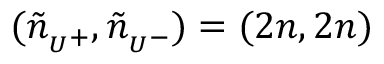
( \tilde { n } _ { { } _ { U } + } , \tilde { n } _ { { } _ { U } - } ) = ( 2 n , 2 n )